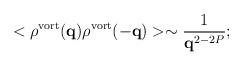
LaTeX: \begin{align*}<\rho^{\rm vort} ({\bf q}) \rho^{\rm vort}({\bf -q})> \sim\frac{1}{{\bf q}^{2-2P}} ;\end{align*}